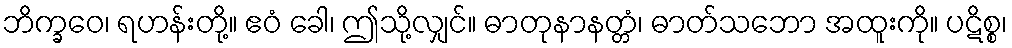
ဘိက္ခဝေ၊ ရဟန်းတို့။ ဧဝံ ခေါ၊ ဤသို့လျှင်။ ဓာတုနာနတ္တံ၊ ဓာတ်သဘော အထူးကို။ ပဋိစ္စ၊